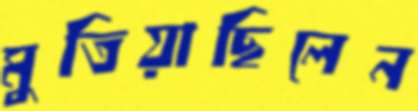
মুতিয়াছিলেন